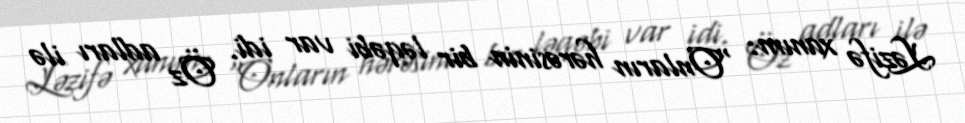
Ləzifə xanım: "Onların hərəsinin bir ləqəbi var idi. Öz adları ilə